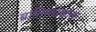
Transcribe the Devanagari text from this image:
ब्रातिस्लाव्हाला